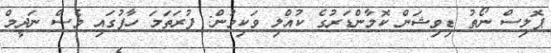
ޕޮލިސް ނޯތު ޑިވިޝަން ކޮމާންޑަރުގެ ކުއްލި ވަކިވުން: ފުރަތަމަ ހާފުގައި ވެސް ނަދީމް